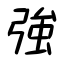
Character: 強